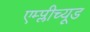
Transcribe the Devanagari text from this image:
एम्प्लीच्यूड